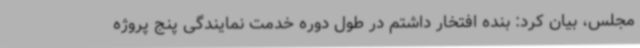
مجلس، بیان کرد: بنده افتخار داشتم در طول دوره خدمت نمایندگی پنج پروژه